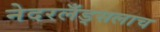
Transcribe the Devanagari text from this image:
नेदरलँड्सलाच